Indian journal of veterinary science and animal husbandry - Volume 4,
Year: 1934
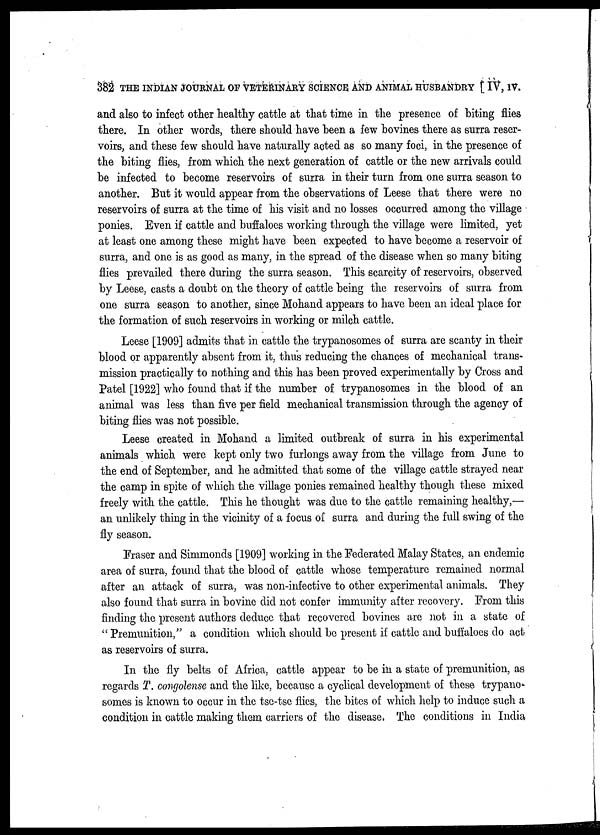
382 THE INDIAN JOURNAL OF VETERINARY SCIENCE AND ANIMAL HUSBANDRY [ IV, IV.
and also to infect other healthy cattle at that time in the presence of biting flies
there. In other words, there should have been a few bovines there as surra reser-
voirs, and these few should have naturally acted as so many foci, in the presence of
the biting flies, from which the next generation of cattle or the new arrivals could
be infected to become reservoirs of surra in their turn from one surra season to
another. But it would appear from the observations of Leese that there were no
reservoirs of surra at the time of his visit and no losses occurred among the village
ponies. Even if cattle and buffaloes working through the village were limited, yet
at least one among these might have been expected to have become a reservoir of
surra, and one is as good as many, in the spread of the disease when so many biting
flies prevailed there during the surra season. This scarcity of reservoirs, observed
by Leese, casts a doubt on the theory of cattle being the reservoirs of surra from
one surra season to another, since Mohand appears to have been an ideal place for
the formation of such reservoirs in working or milch cattle.
Leese [1909] admits that in cattle the trypanosomes of surra are scanty in their
blood or apparently absent from it, thus reducing the chances of mechanical trans-
mission practically to nothing and this has been proved experimentally by Cross and
Patel [1922] who found that if the number of trypanosomes in the blood of an
animal was less than five per field mechanical transmission through the agency of
biting flies was not possible.
Leese created in Mohand a limited outbreak of surra in his experimental
animals which were kept only two furlongs away from the village from June to
the end of September, and he admitted that some of the village cattle strayed near
the camp in spite of which the village ponies remained healthy though these mixed
freely with the cattle. This he thought was due to the cattle remaining healthy,—
an unlikely thing in the vicinity of a focus of surra and during the full swing of the
fly season.
Fraser and Simmonds [1909] working in the Federated Malay States, an endemic
area of surra, found that the blood of cattle whose temperature remained normal
after an attack of surra, was non-infective to other experimental animals. They
also found that surra in bovine did not confer immunity after recovery. From this
finding the present authors deduce that recovered bovines are not in a state of
" Premunition," a condition which should be present if cattle and buffaloes do act
as reservoirs of surra.
In the fly belts of Africa, cattle appear to be in a state of premunition, as
regards T. congolense and the like, because a cyclical development of these trypano-
somes is known to occur in the tse-tse flies, the bites of which help to induce such a
condition in cattle making them carriers of the disease. The conditions in India